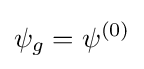
\psi _{g}=\psi ^{(0)}